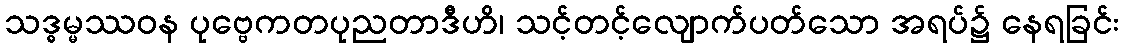
သဒ္ဓမ္မဿဝန ပုဗ္ဗေကတပုညတာဒီဟိ၊ သင့်တင့်လျောက်ပတ်သော အရပ်၌ နေရခြင်း